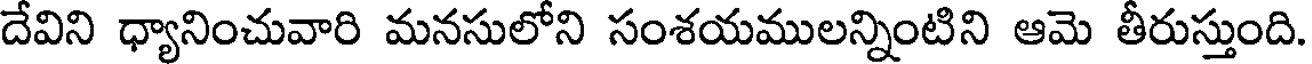
దేవిని ధ్యానించువారి మనసులోని సంశయములన్నింటిని ఆమె తీరుస్తుంది